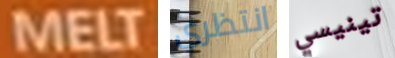
MELT انتظري تينيسي